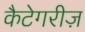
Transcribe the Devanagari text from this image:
कैटेगरीज़